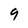
Character: 9